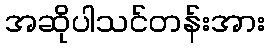
အဆိုပါသင်တန်းအား